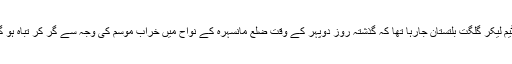
یہ فوجی ہیلی کاپٹر راولپنڈی سے امدادی سامان اور میڈیکل ٹیم لیکر گلگت بلتستان جارہا تھا کہ گذشتہ روز دوپہر کے وقت ضلع مانسہرہ کے نواح میں خراب موسم کی وجہ سے گر کر تباہ ہو گیا اور اس حادثے میں پاک فوج کے 12 اہلکار شہید ہوگئے۔